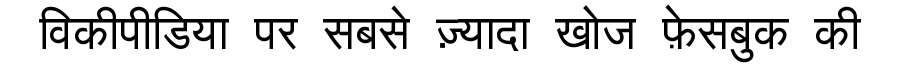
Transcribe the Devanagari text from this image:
विकीपीडिया पर सबसे ज़्यादा खोज फ़ेसबुक की